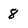
Character: 8